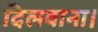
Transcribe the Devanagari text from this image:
दिलवाना।